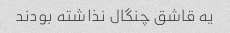
یه قاشق چنگال نذاشته بودند